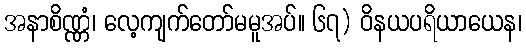
အနာစိဏ္ဏံ၊ လေ့ကျက်တော်မမူအပ်။ ၆၇) ဝိနယပရိယာယေန၊